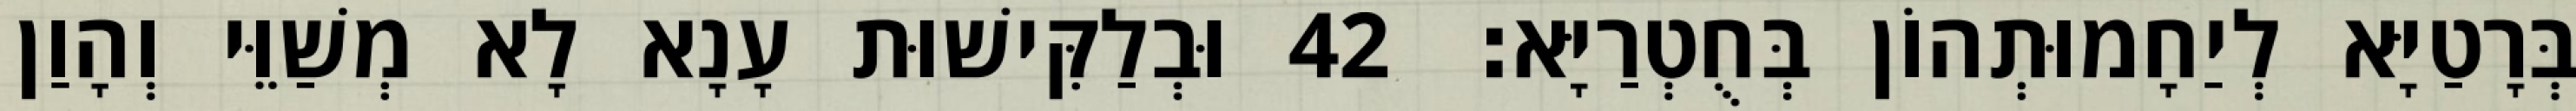
בְּרָטַיָּא לְיַחָמוּתְהוֹן בְּחֻטְרַיָּא׃ 42 וּבְלַקִּישׁוּת עָנָא לָא מְשַׁוֵּי וְהָוַן